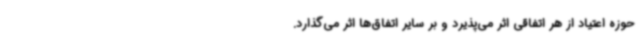
حوزه اعتیاد از هر اتفاقی اثر می‌پذیرد و بر سایر اتفاق‌ها اثر می‌گذارد.